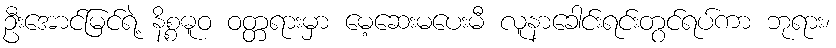
ဦးအောင်မြင်ရဲ့ နိစ္စဓူဝ ဝတ္တရားမှာ မေ့ဆေးမပေးမီ လူနာခေါင်းရင်းတွင်ရပ်ကာ ဘုရား၊